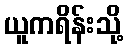
ယူကရိန်းသို့